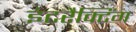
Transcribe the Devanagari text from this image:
इंटरैक्टिंग